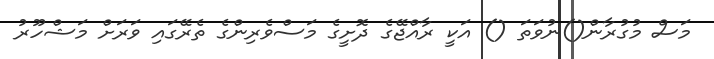
މަސް މުގުރާން()ނުވަތަ () އަކީ ރާއްޖޭގެ ދޮށީގެ މަސްވެރިންގެ ތެރޭގަައި ވަރަށް މަޝްހޫރު